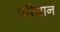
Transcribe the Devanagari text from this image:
परिमान